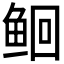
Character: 𫚔